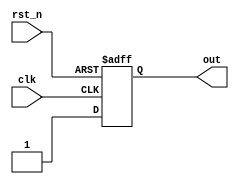
module digital_top(
    input clk,
    input rst_n,
    output out

);
 reg upd_ff;
 always@(posedge clk or negedge rst_n)
 begin
    if (!rst_n)
        upd_ff <=   1'b0;
    else
        upd_ff <=   1'b1;
 end
assign out = upd_ff;
//hello world
// a= a+1
// b= b0;

endmodule